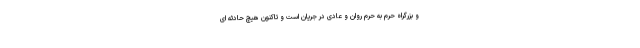
و بزرگراه حرم به حرم روان و عادی در جریان است و تاکنون هیچ حادثه ای